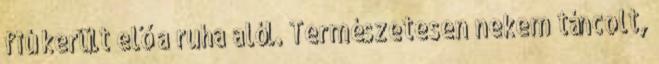
fiú került elő a ruha alól. Természetesen nekem táncolt,